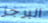
البرجر